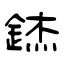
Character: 錰